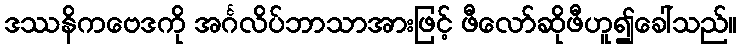
ဒဿနိကဗေဒကို အင်္ဂလိပ်ဘာသာအားဖြင့် ဖီလော်ဆိုဖီဟူ၍ခေါ်သည်။